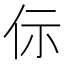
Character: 𠇣